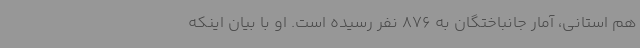
هم استانی، آمار جانباختگان به 876 نفر رسیده است. او با بیان اینکه